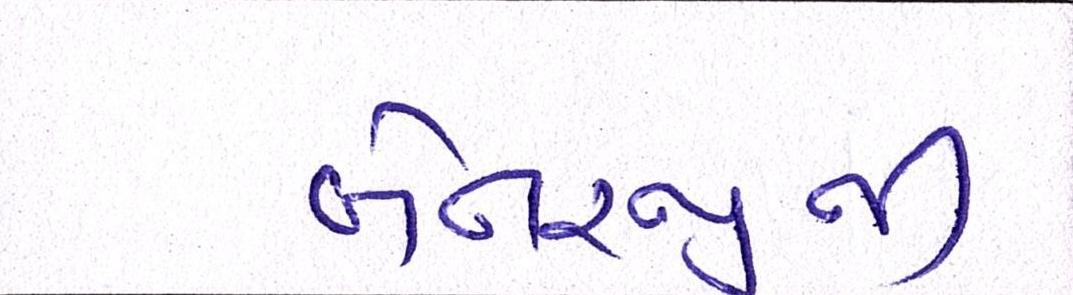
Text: બેનરજીની